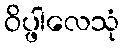
ဝိပ္ဖါလေသုံ